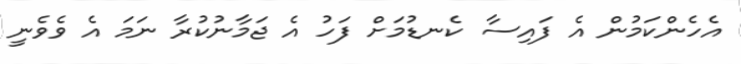
އެހެންކަމުން އެ ފައިސާ ކެނޑުމަށް ފަހު އެ ޖަމާނުކުރާ ނަމަ އެ ވެވެނީ